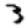
Digit: 3